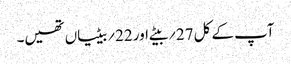
آپ کے کل 27؍بیٹے اور 22؍بیٹیاں تھیں۔